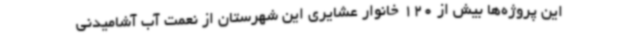
این پروژه‌ها بیش از 120 خانوار عشایری این شهرستان از نعمت آب آشامیدنی